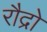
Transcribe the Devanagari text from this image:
रौद्रो